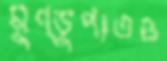
মুণ্ডুপাতও